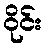
ဝိုင်း